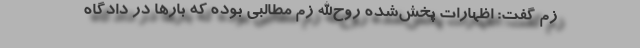
زم گفت: اظهارات پخش‌شده روح‌الله زم مطالبی بوده که بارها در دادگاه